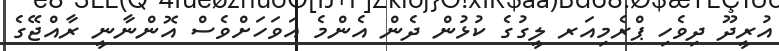
އުރީދޫ ދިވެހި ޕްރެމިއަރ ލީގުގެ ކުޅުން ދެން އެންމެ އަވަހަށްވެސް އޮންނާނީ ރާއްޖޭގެ